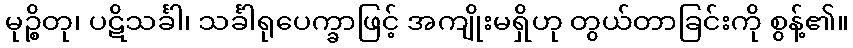
မုဉ္စိတု၊ ပဋိသင်္ခါ၊ သင်္ခါရုပေက္ခာဖြင့် အကျိုးမရှိဟု တွယ်တာခြင်းကို စွန့်၏။